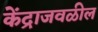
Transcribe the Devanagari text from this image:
केंद्राजवळील